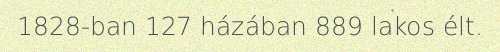
1828-ban 127 házában 889 lakos élt.